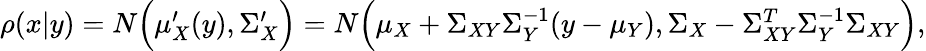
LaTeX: \begin{array}{r}{\rho(x|y)=N\Big(\mu_{X}^{\prime}(y),\Sigma_{X}^{\prime}\Big)=N\Big(\mu_{X}+\Sigma_{XY}\Sigma_{Y}^{-1}(y-\mu_{Y}),\Sigma_{X}-\Sigma_{XY}^{T}\Sigma_{Y}^{-1}\Sigma_{XY}\Big),}\end{array}